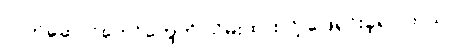
လက်ဆောင်တော်တွေကို သိမ်းထားလို့ ဖြေရှင်းခဲ့ရပါတယ်။